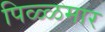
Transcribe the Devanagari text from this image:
पिळ्ळमार